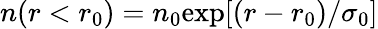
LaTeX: n(r<r_{0})=n_{0}\mathrm{exp}[(r-r_{0})/\sigma_{0}]